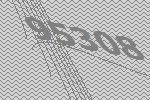
95308